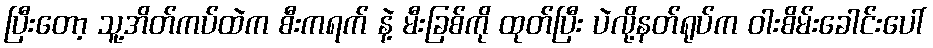
ပြီးတော့ သူ့အိတ်ကပ်ထဲက စီးကရက် နဲ့ မီးခြစ်ကို ထုတ်ပြီး ပဲလို့နတ်ရုပ်က ဝါးစိမ်းခေါင်းပေါ်